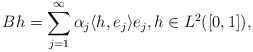
\begin{align*} B h = \sum_{j=1} ^\infty {\alpha_j \langle h,e_j\rangle e_j},h\in L^2([0,1]), \end{align*}